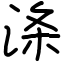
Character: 涤